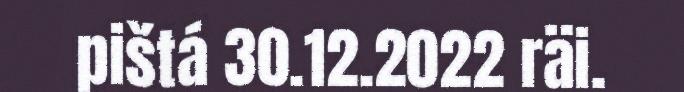
pištá 30.12.2022 räi.